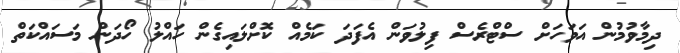
ދިމާވުމުން އަވަހަށް ސްޓްރެސް ފިލުވަން އެފަދަ ކަމެއް ކޮށްލައިގެން ހައްލު ހޯދަން މަސައްކަތް